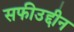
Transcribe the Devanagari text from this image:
सफीउद्दीन